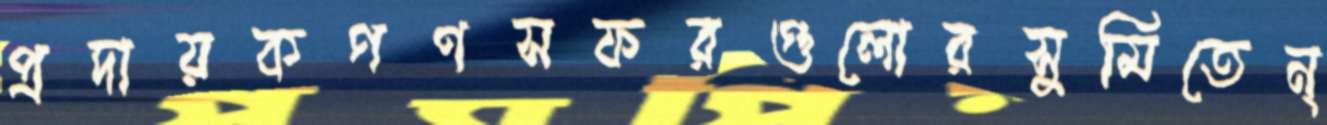
প্রদায়কগণসফরগুলোরসুমিতেন্